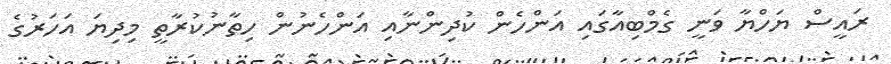
ރައީސް ޔަހްޔާ ވަނީ ގެމްބިއާގައި އަންހެން ކުދިންނާއި އަންހެނުން ހިތާނުކުރާތީ މިދިޔަ އަހަރުގެ